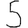
Digit: 5